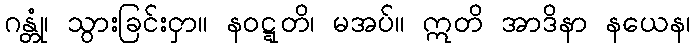
ဂန္တုံ၊ သွားခြင်းငှာ။ နဝဋ္ဋတိ၊ မအပ်။ ဣတိ အာဒိနာ နယေန၊